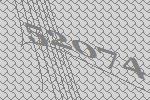
52074